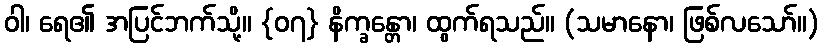
ဝါ၊ ရေ၏ အပြင်ဘက်သို့။ {၀၇} နိက္ခန္တော၊ ထွက်ရသည်။ (သမာနော၊ ဖြစ်လသော်။)